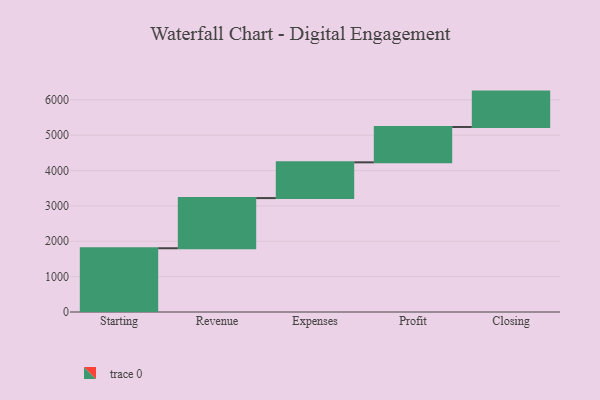
{"axis": {"x": "Step", "y": "Value"}, "legend": [""], "data": [{"x": "Starting", "y": 1803.0, "type": ""}, {"x": "Revenue", "y": 1418.0, "type": ""}, {"x": "Expenses", "y": 1011.0, "type": ""}, {"x": "Profit", "y": 1000, "type": ""}, {"x": "Closing", "y": 1000, "type": ""}]}